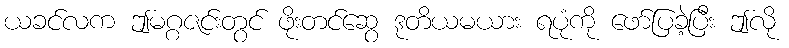
ယခင်လက ဤမဂ္ဂဇင်းတွင် ဖိုးတင်ဆွေ ဒုတိယမယား ရပုံကို ဖော်ပြခဲ့ပြီး ဤလို